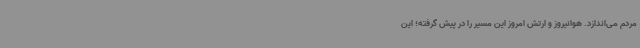
مردم می‌اندازد. هوانیروز و ارتش امروز این مسیر را در پیش گرفته؛ این